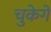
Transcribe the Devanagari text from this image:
चुकेगें